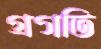
গ্রগতি